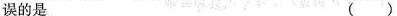
误的是（）